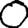
Digit: 0